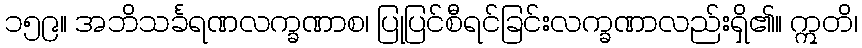
၁၅၉။ အဘိသင်္ခရဏလက္ခဏာစ၊ ပြုပြင်စီရင်ခြင်းလက္ခဏာလည်းရှိ၏။ ဣတိ၊